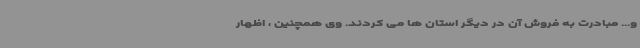
و... مبادرت به فروش آن در دیگر استان ها می کردند. وی همچنین ، اظهار